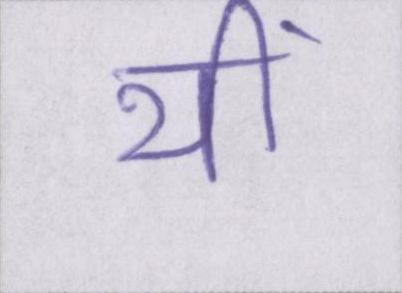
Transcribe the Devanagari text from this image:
थीं